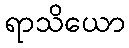
ရာသိယော